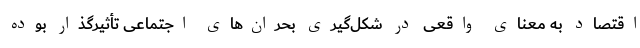
اقتصاد به ‌معنای واقعی در شکل‌گیری بحران‌های اجتماعی تأثیر‌گذار بوده